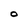
Character: O